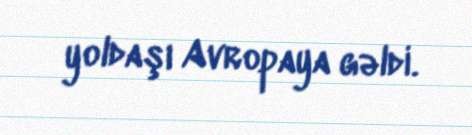
yoldaşı Avropaya gəldi.